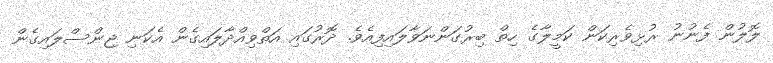
ލޮލުން ފެނުނު ރުޅިވެރިކަން ކަމީލާގެ ހިތް ބިރުގަންނަވާލައިފިއެވެ. ދޮރުގައި އަތްވިއްދާލައިގެން އެކަނި ޖިންސްލައިގެން